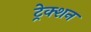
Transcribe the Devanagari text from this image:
ट्रेक्शन